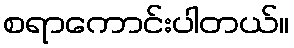
စရာကောင်းပါတယ်။